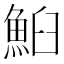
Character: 𩶧